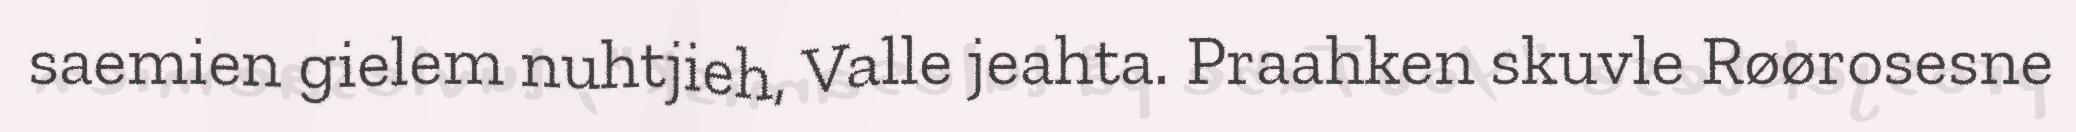
saemien gielem nuhtjieh, Valle jeahta. Praahken skuvle Røørosesne